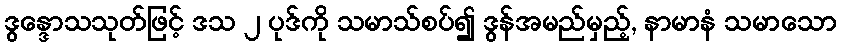
ဒွန္ဒောသသုတ်ဖြင့် ဒသ ၂ ပုဒ်ကို သမာသ်စပ်၍ ဒွန်အမည်မှည့်, နာမာနံ သမာသော